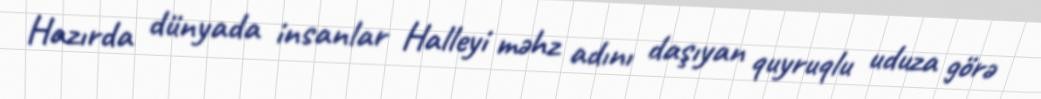
Hazırda dünyada insanlar Halleyi məhz adını daşıyan quyruqlu uduza görə